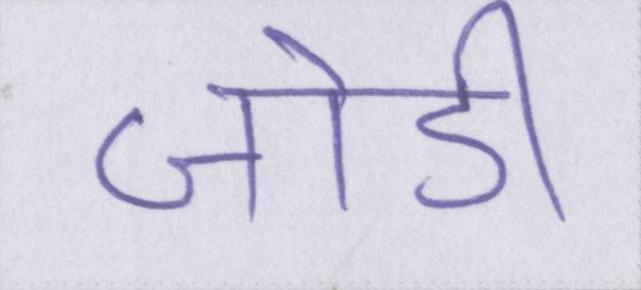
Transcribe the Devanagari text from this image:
जोडी